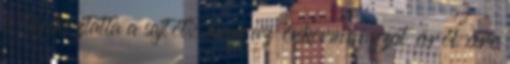
is tájékoztatta a sajtót, hogy az önkormányzat évről évre